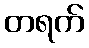
တရက်